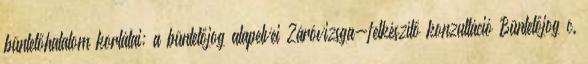
büntetőhatalom korlátai; a büntetőjog alapelvei Záróvizsga-felkészítő konzultáció Büntetőjog c.